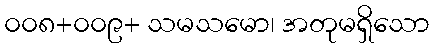
၀၀၈+၀၀၉+ သမသမော၊ အတုမရှိသော